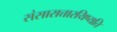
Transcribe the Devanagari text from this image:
संसारात्तारयिष्यति